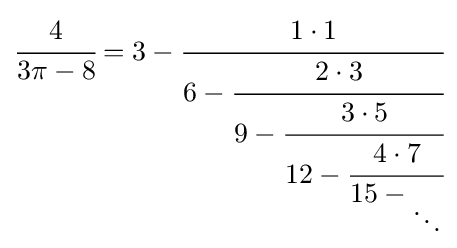
{\cfrac {4}{3\pi -8}}=3-{\cfrac {1\cdot 1}{6-{\cfrac {2\cdot 3}{9-{\cfrac {3\cdot 5}{12-{\cfrac {4\cdot 7}{15-{_{\ddots }}}}}}}}}}